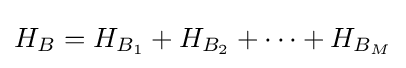
H_{B}=H_{B_{1}}+H_{B_{2}}+\dots +H_{B_{M}}